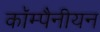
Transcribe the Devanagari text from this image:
कॉम्पैनीयन